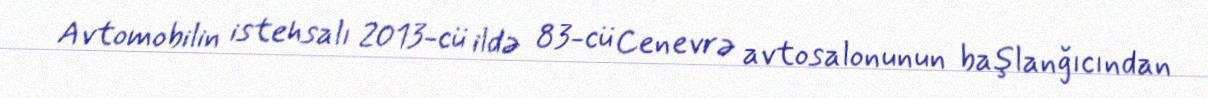
Avtomobilin istehsalı 2013-cü ildə 83-cü Cenevrə avtosalonunun başlanğıcından